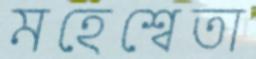
মহেশ্বেতা